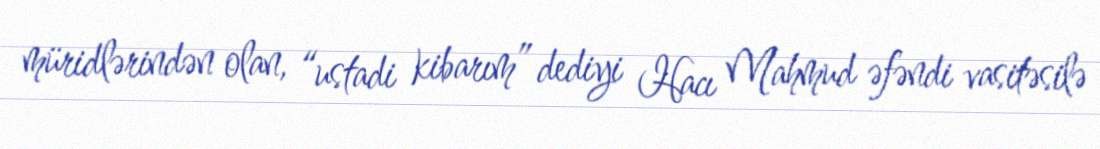
müridlərindən olan, “ustadi kibarım” dediyi Hacı Mahmud əfəndi vasitəsilə